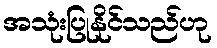
အသုံးပြုနိုင်သည်ဟု